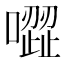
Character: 𠽼